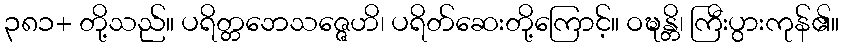
၃၈၁+ တို့သည်။ ပရိတ္တဘေသဇ္ဇေဟိ၊ ပရိတ်ဆေးတို့ကြောင့်။ ဝဍ္ဎန္တိ၊ ကြီးပွားကုန်၏။